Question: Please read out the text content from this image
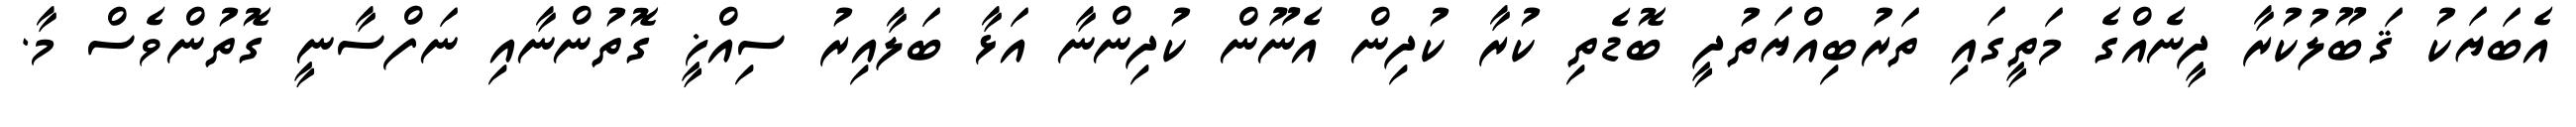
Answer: އެބަޔަކު ޤަބޫލުކުރާ ދީނެއްގެ މަތީގައި ތަރުބިއްޔަތުދީ ބޮޑެތި ކުރާ ކުދިން އެނޫން ކުދިންނާ އަޅާ ބަލާއިރު ސިއްޚީ ގޮތުންނާއި ނަފްސާނީ ގޮތުންވެސް މާ.